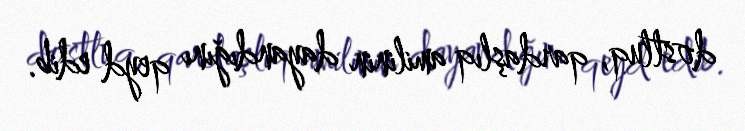
dostluq, qardaşlıq amilinin dayandığını qeyd edib.